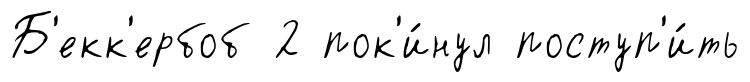
Б'екк'ербоб 2 пок'и́нул поступ'и́ть